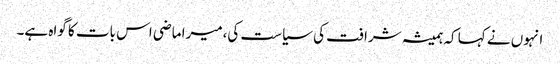
انہوں نے کہا کہ ہمیشہ شرافت کی سیاست کی،میرا ماضی اس بات کا گواہ ہے۔